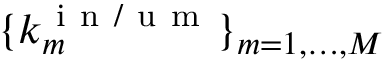
\lbrace k _ { m } ^ { \mathrm { ~ i ~ n ~ / ~ u ~ m ~ } } \rbrace _ { m = 1 , \dots , M }